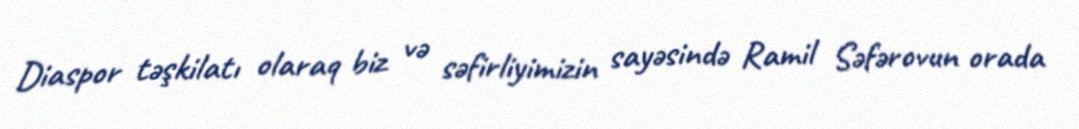
Diaspor təşkilatı olaraq biz və səfirliyimizin sayəsində Ramil Səfərovun orada